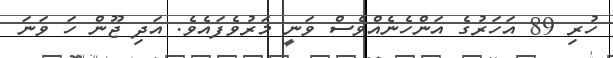
ހުރި 89 އަހަރުގެ އަންހެނެއްވެސް ވަނީ މަރުވެފައެވެ. އަދި ޖޫން ހަ ވަނަ